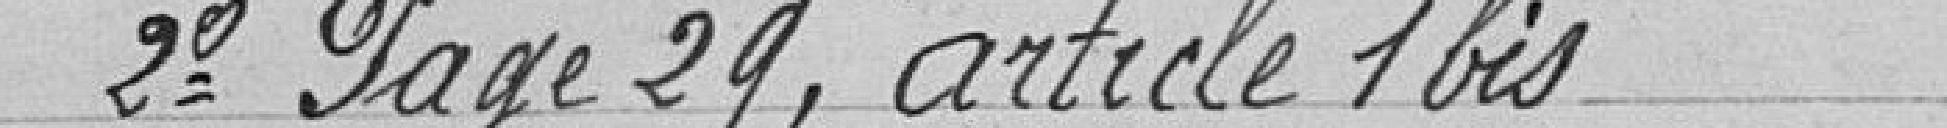
2° Page 29, article 1bis